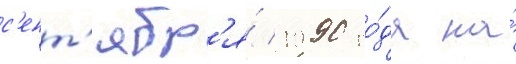
с'ент'ябр'я́ 1990 го́да на́